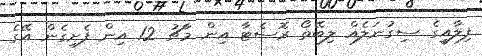
ފިލާއީގެ ސިގުނަލެއް ލިބޭތޯ ރޮސެޓާ އިން މާޗު 12 އިން ފެށިގެން އޭގެ